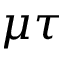
\mu \tau